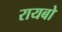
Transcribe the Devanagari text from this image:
रायबो